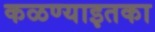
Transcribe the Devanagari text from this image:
कळण्याइतका